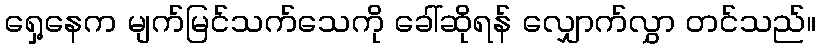
ရှေ့နေက မျက်မြင်သက်သေကို ခေါ်ဆိုရန် လျှောက်လွှာ တင်သည်။